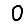
Digit: 0